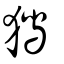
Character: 獡